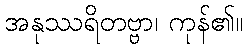
အနုဿရိတဗ္ဗာ၊ ကုန်၏။